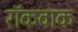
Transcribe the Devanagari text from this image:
रॉकवाक